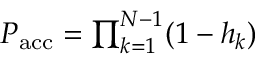
\begin{array} { r } { P _ { \mathrm { a c c } } = \prod _ { k = 1 } ^ { N - 1 } ( 1 - h _ { k } ) } \end{array}